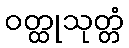
ဝတ္ထုသုတ္တံ